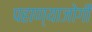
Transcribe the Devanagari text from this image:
पहाण्याजोगी